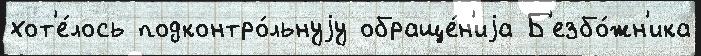
хот'е́лось подконтро́льнуjу обраще́н'иjа Б'езбо́жн'ика